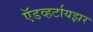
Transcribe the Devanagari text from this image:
ऍडव्हर्टायझर